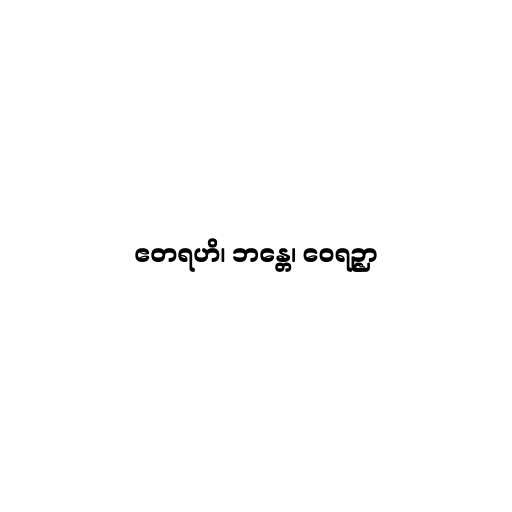
ဧတရဟိ၊ ဘန္တေ၊ ဝေရဉ္ဇာ